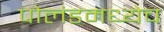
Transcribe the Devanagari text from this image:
पोलंडमध्येच